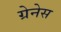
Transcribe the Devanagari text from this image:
ग्रेनेस